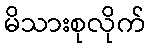
မိသားစုလိုက်